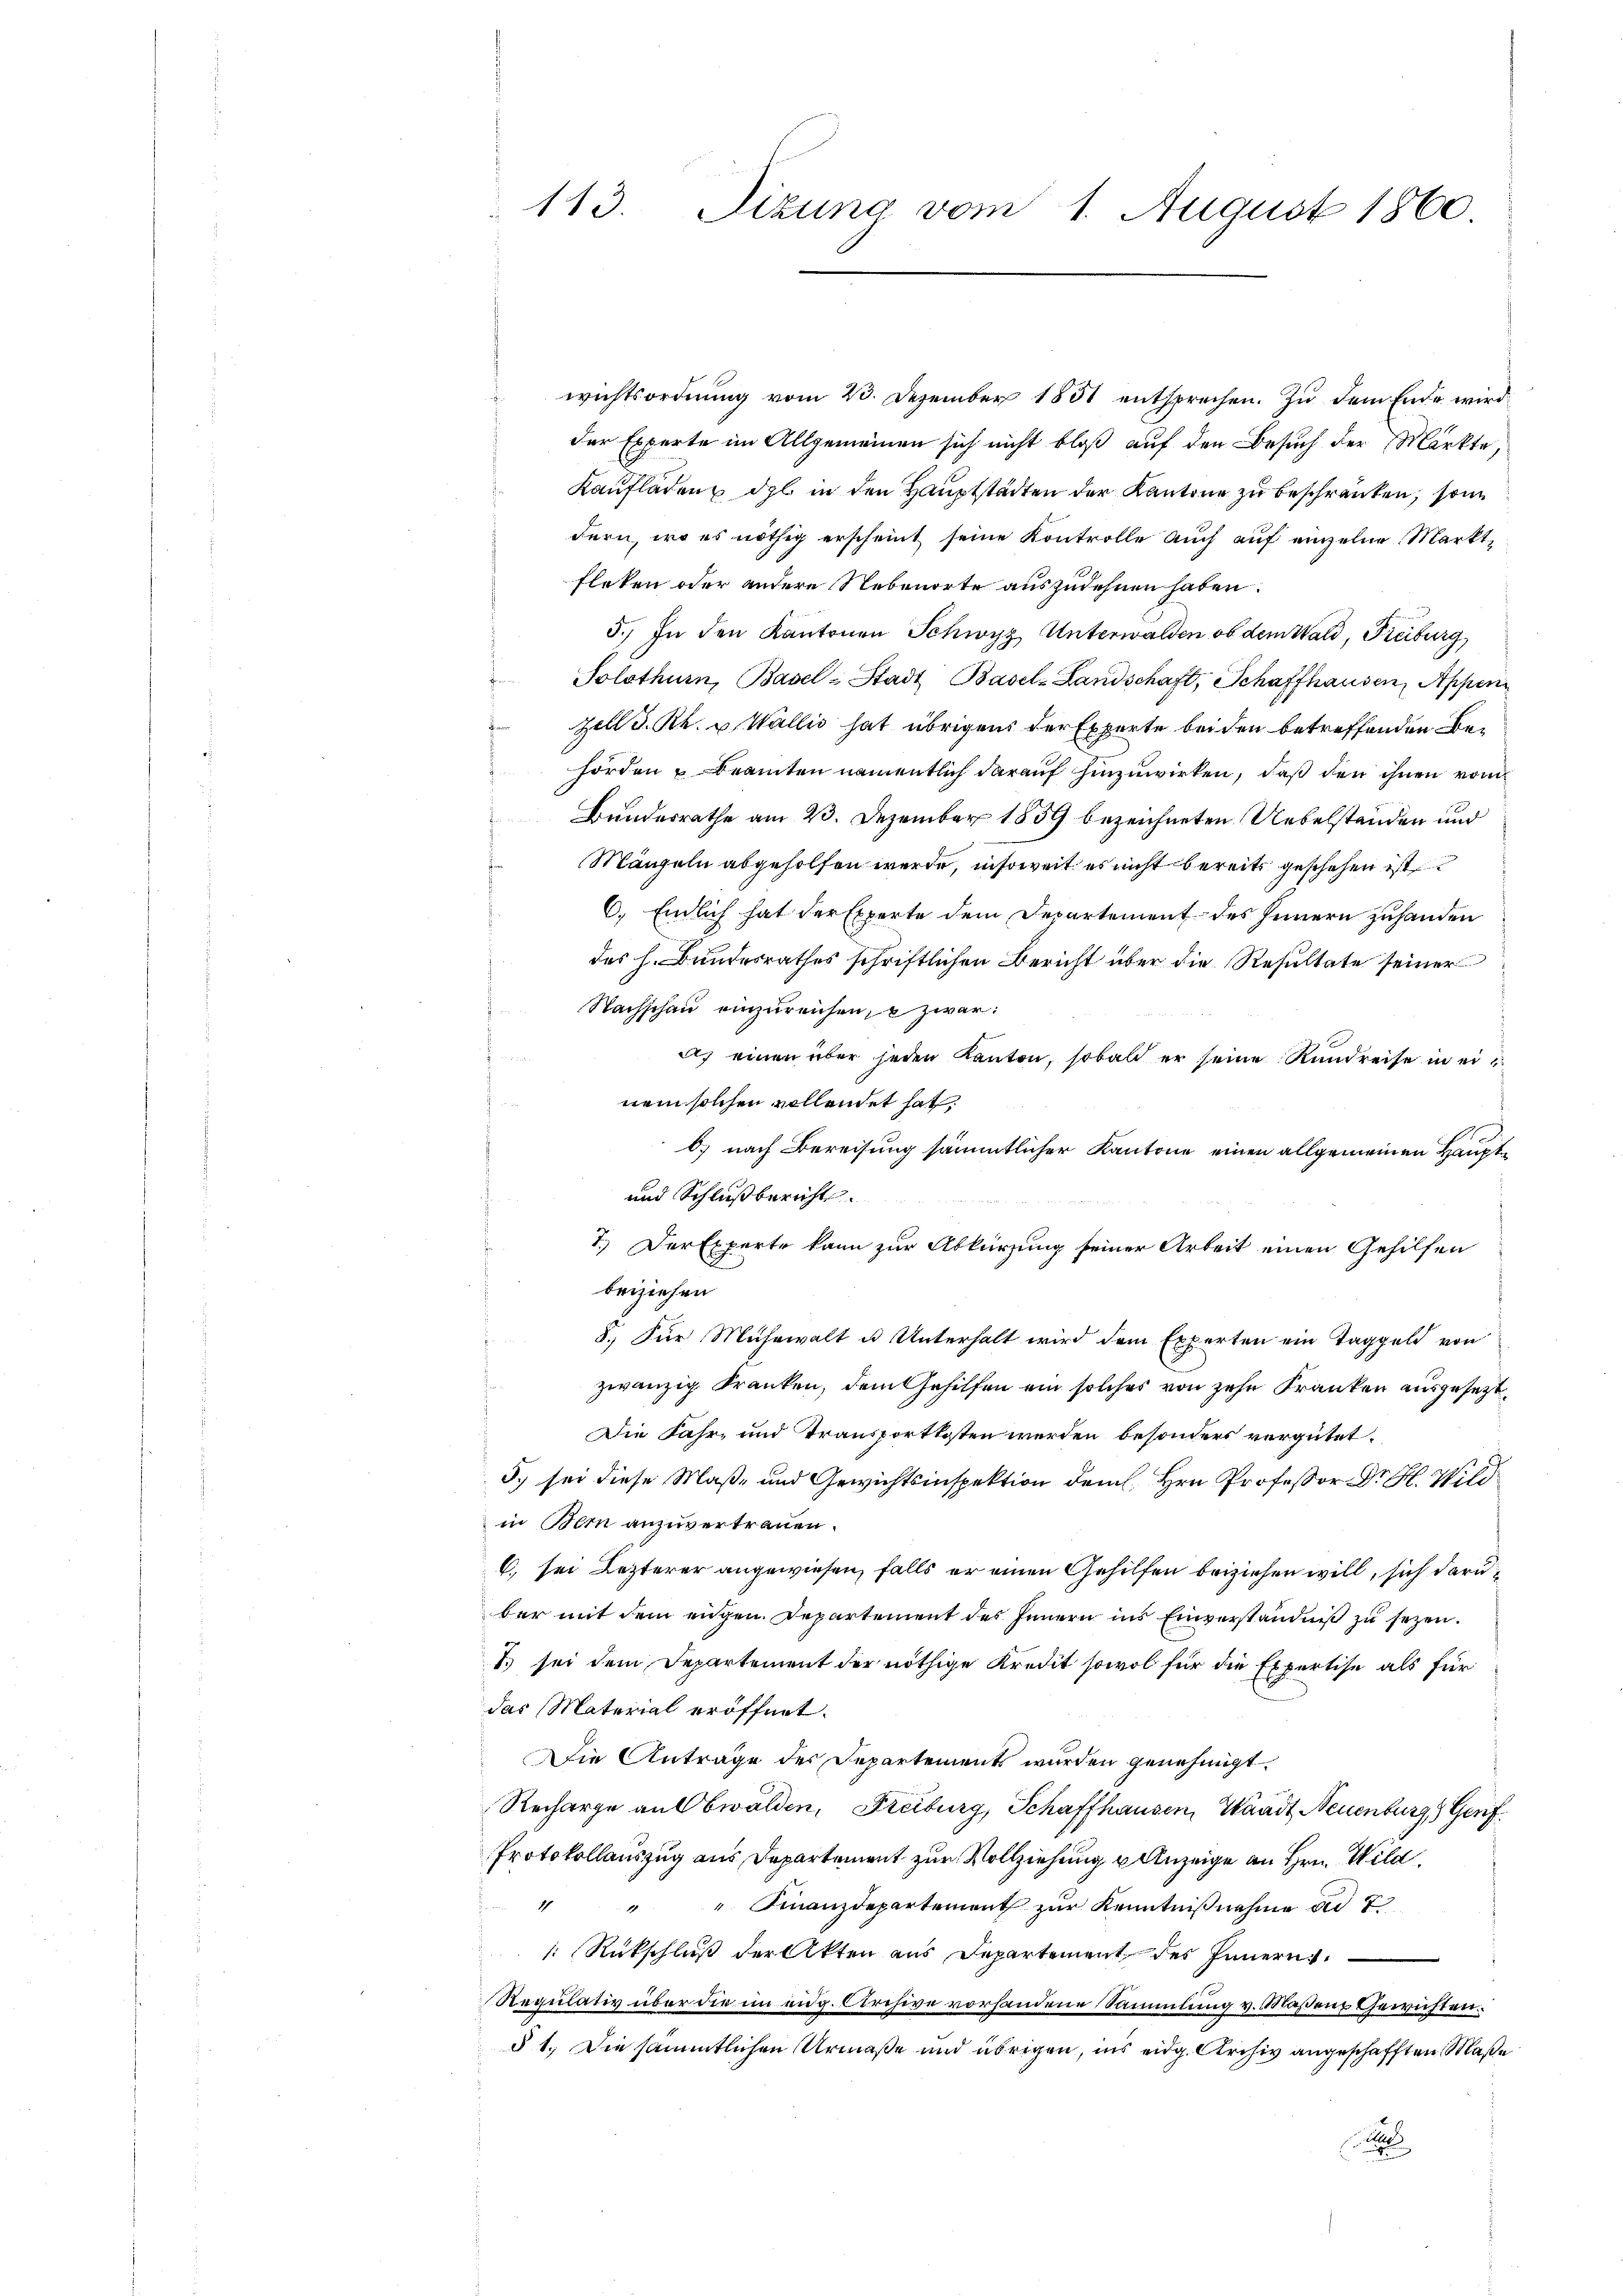
113. Sitzung vom 1. August 1860.

wichtsordnŭng vom 23. Dezember 1851 entsprechen. Zŭ dem Ende wird
der Experte im Allgemeinen sich nicht bloß auf den Besuch der Märkte,
Kaufladenz dgl. in den Hauptstädten der Kantone zu beschränken, sonn
dern, wo es nöthig erscheint seine Kontrolle auch auf einzelne Marktfleken oder andere Nebenorte auszudehnen haben.
5.) In den Kantonen Schwyz, Unterwalden ob dem Wald, Freiburg,
Solothurn, Basel-Stadt Basel-Landschaft, Schaffhausen, Appen
Zill d. Rh. u. Wallis hat übrigens der Experte beiden betreffenden Behörden & Beamten namentlich darauf hinzuwirken, daß den ihnen vom
Bundesrathe am 23. Dezember 1839 bezeichneten Uebelständen und
Mängeln abgeholfen werde, insoweit es nicht bereits geschehen ist
6. Endlich hat der Experte dem Departement des Innern zuhanden
des h. Bandesrathes schriftlichen Bericht über die Resultate seiner
Nachschau einzureichen, u zwar:
a. einen über jeden Kanton, sobald er seine Rundreise in einem solchen vollendet hat,
O.) nach Bereisung sämmtlicher Kantone einen allgemeinen Haupt¬
und Schluß bericht.
7.) Der Experte kann zur Abkürzung seiner Arbeit einen Gehilfen
beiziehen
8.) Für Mühewalt u. Unterhalt wird dem Experten ein Taggeld von
zwanzig Kranken, dem Gehilfen ein solcher von zehn Franken ausgesetzt
Die Fahr- und Transportkosten werden besonders vergütet.
5.) sei diese Maß- und Gewichtsinspektion dem Hrn. Professor Dr. H. Wild
in Bern anzuvertrauen.
6. sei Lezterer angewiesen, falls er einen Gehilfen beiziehen will, sich darüber mit dem engen. Departement des Innern ins Einverständniß zu sezen.
1 sei dem Departement der nöthige Kredit sowol für die Expertise als für
das Material eröffnet.
Die Antrage der Departements wurden genehmigt.
Recharge an Obwalden, Freiburg, Schaffhausen, Waadt, Neuenburg, Genf
Protokollauszug aus Departement zur Vollziehung u Anzeige an Hrn. Wild¬
Finanzdepartement zur Kenntnißnahme und 7
P
: Rückschluß der Akten aus Departement des Innern.
Regulativ über die im eidg. Archive vorhandene Sammlung v. Maßen Gewichten.
§ 1. Die sämmtlichen Urmaße und übrigen, ins eidg. Archiv angeschafften Straße